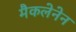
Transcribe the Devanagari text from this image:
मैकलेनेन